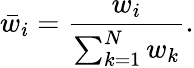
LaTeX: \bar{w}_{i}=\frac{w_{i}}{\sum_{k=1}^{N}w_{k}}.